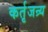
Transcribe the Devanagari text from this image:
कर्तृजन्र्य